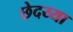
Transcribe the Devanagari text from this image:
छेदय्या